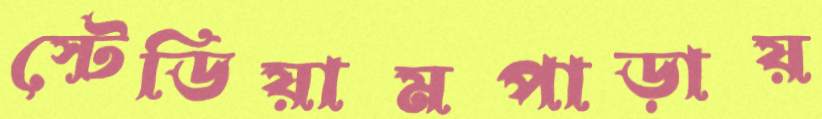
স্টেডিয়ামপাড়ায়